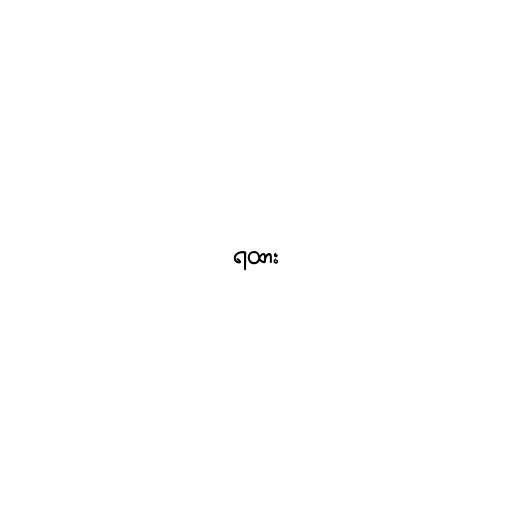
ရထား